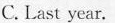
C. Last year.